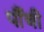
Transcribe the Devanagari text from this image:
पौंची